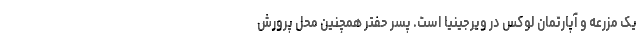
یک مزرعه و آپارتمان لوکس در ویرجینیا است. پسر حفتر همچنین محل پرورش